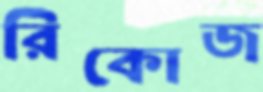
রিকোজ